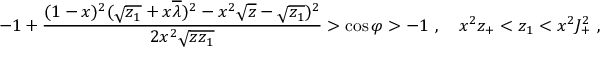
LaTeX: - 1 + \frac { ( 1 - x ) ^ { 2 } ( \sqrt { z _ { 1 } } + x \overline { { \lambda } } ) ^ { 2 } - x ^ { 2 } \sqrt { z } - \sqrt { z _ { 1 } } ) ^ { 2 } } { 2 x ^ { 2 } \sqrt { z z _ { 1 } } } > \cos \varphi > - 1 \ , \quad x ^ { 2 } z _ { + } < z _ { 1 } < x ^ { 2 } J _ { + } ^ { 2 } \ ,